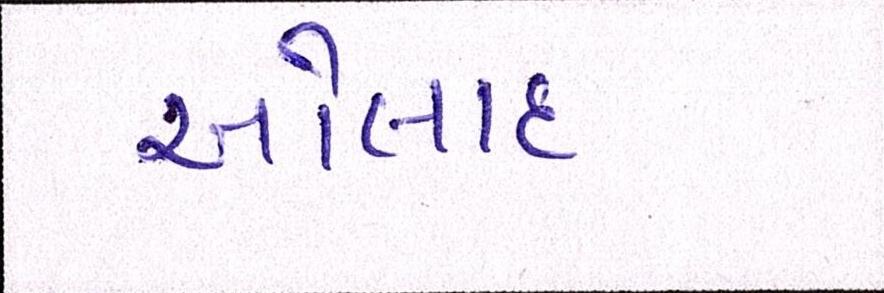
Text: ઓલાદ